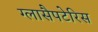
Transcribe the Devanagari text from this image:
ग्लासैपटेरिस